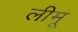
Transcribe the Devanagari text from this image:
लीमू